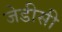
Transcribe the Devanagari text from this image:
जेडीसी